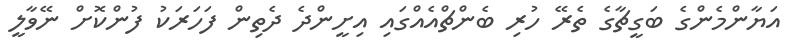
އަޔާންމެންްގެ ބަގީޗާގެ ތެރޭ ހުރި ބެންޗްއެއްގައި އިށީންދެ ދެތިން ފަހަރަކު ފުންކޮށް ނޭވާލީ